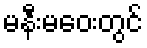
မနီးမဝေးတွင်